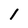
Character: 1